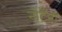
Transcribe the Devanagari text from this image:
नोर्टेना